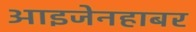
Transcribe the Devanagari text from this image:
आइजेनहाबर